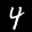
Label: 4